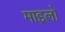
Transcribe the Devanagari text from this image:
माइलो